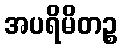
အပရိမိတဉ္စ